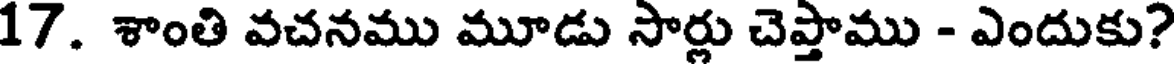
17. శాంతి వచనము మూడు సార్లు చెప్తాము - ఎందుకు?